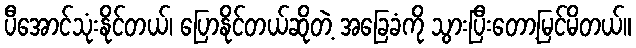
ပီအောင်သုံးနိုင်တယ်၊ ပြောနိုင်တယ်ဆိုတဲ့ အခြေခံကို သွားပြီးတော့မြင်မိတယ်။